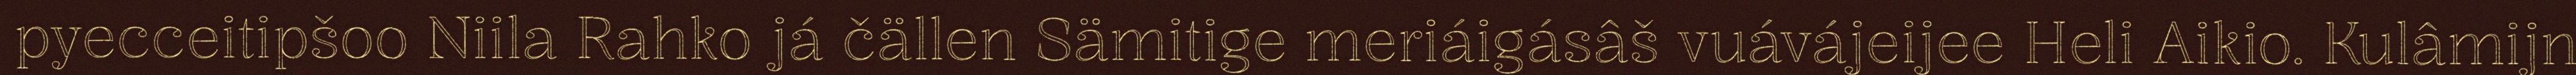
pyecceitipšoo Niila Rahko já čällen Sämitige meriáigásâš vuávájeijee Heli Aikio. Kulâmijn